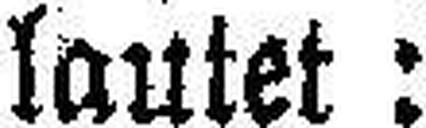
lautet: